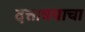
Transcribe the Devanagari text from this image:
दत्तात्रयाचा